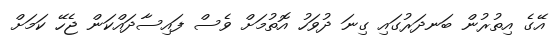
އޭގެ އިތުރުން ބަނދަރުގައި ގިނަ ދުވަހު އޮތުމަށް ވެސް ފައިސާދައްކަން ޖެހޭ ކަމަށް